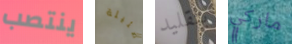
ينتصب ضئيلة بتقليد ماركي